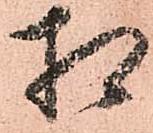
相